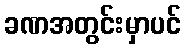
ခဏအတွင်းမှာပင်